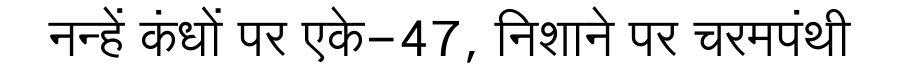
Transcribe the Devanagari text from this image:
नन्हें कंधों पर एके-47, निशाने पर चरमपंथी